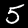
Digit: 5